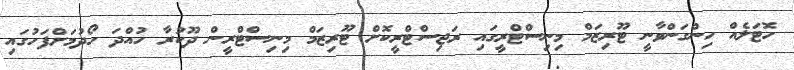
ހޮޓަލެއް ހިންގަންވާނީ ޓޫރިޒަމް މިނިސްޓްރީގައި ރަޖިސްޓްރީކޮށް ޓޫރިޒަމް މިނިސްޓްރީން ދޫކުރާ ހުއްދަ ހޯދުމަށްފަހުގައި